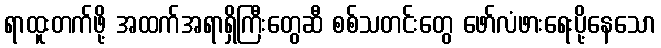
ရာထူးတက်ဖို့ အထက်အရာရှိကြီးတွေဆီ စစ်သတင်းတွေ ဖော်လံဖားရေးပို့နေသော